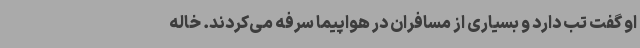
او گفت تب دارد و بسیاری از مسافران در هواپیما سرفه می‌کردند. خاله